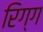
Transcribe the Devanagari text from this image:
रिग्ग